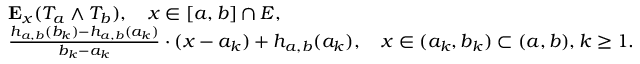
\begin{array} { r l } & { \mathbf { E } _ { x } ( T _ { a } \wedge T _ { b } ) , \quad x \in [ a , b ] \cap E , } \\ & { \frac { h _ { a , b } ( b _ { k } ) - h _ { a , b } ( a _ { k } ) } { b _ { k } - a _ { k } } \cdot ( x - a _ { k } ) + h _ { a , b } ( a _ { k } ) , \quad x \in ( a _ { k } , b _ { k } ) \subset ( a , b ) , k \geq 1 . } \end{array}